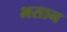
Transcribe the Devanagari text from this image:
भसान